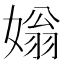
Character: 𡟸